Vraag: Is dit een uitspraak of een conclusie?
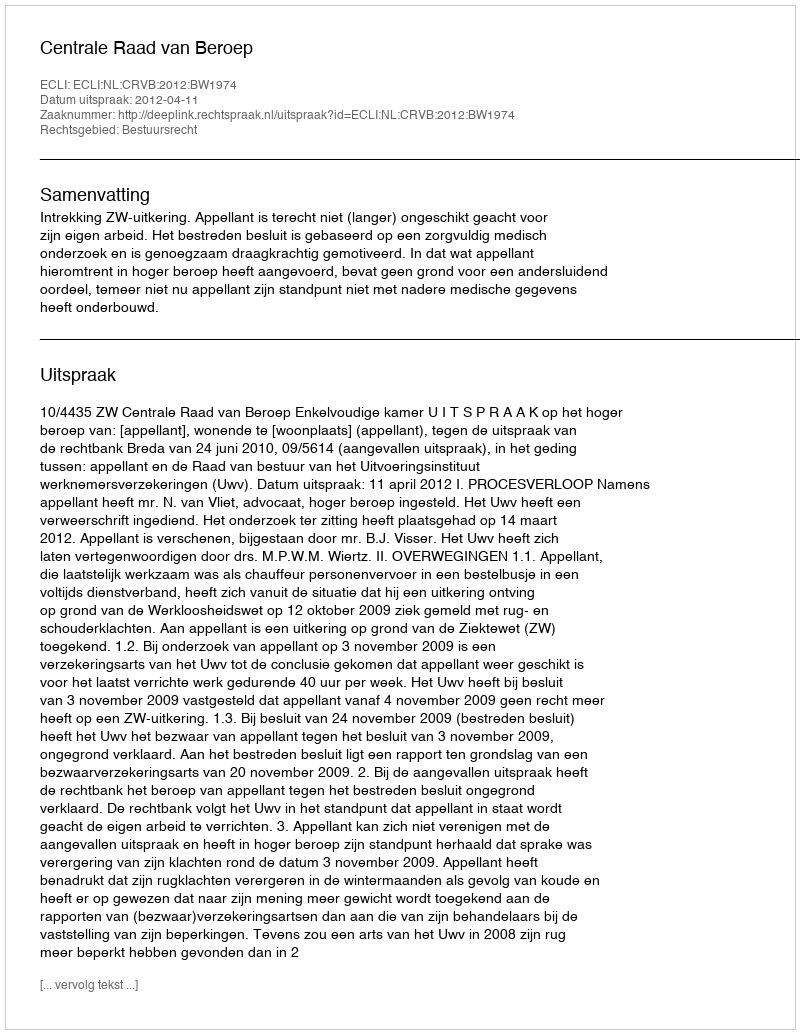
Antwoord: Uitspraak